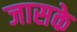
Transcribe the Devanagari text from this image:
जासके